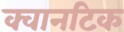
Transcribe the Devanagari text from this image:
क्वानटिक